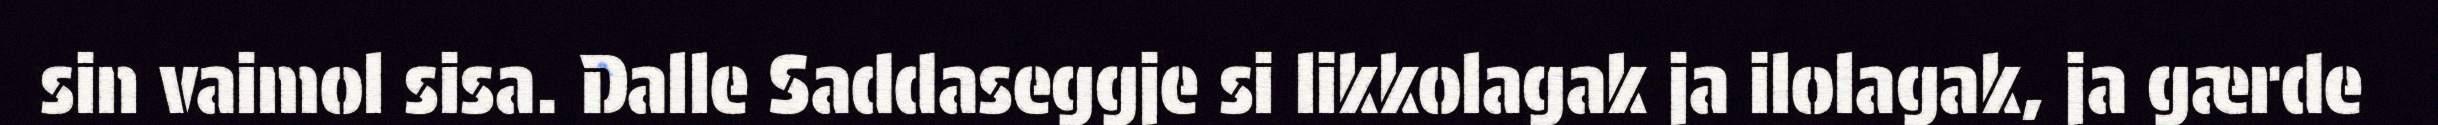
sin vaimol sisa. Dalle Saddaseggje si likkolagak ja ilolagak, ja gærde